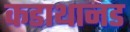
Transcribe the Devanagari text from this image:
कडाथानड